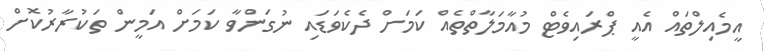
އީމެއިލްތައް އެއީ ޕްރައިވެޓް މުއާމަލާތްތެއް ކަމަށް ދެކެވަޑައި ނުގަންވާ ކަމަށް އަމީން ތަކުރާރުކޮށް